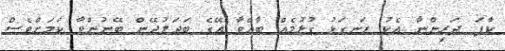
ކާފަ ދަރިންނާ އެކު ރަނގަޅު ގުޅުމެއް ބާއްވާ އޭގެ ބަދަލުދޭން ބޭނުންވާ ކަމަށްވެސް